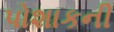
પોશાકની